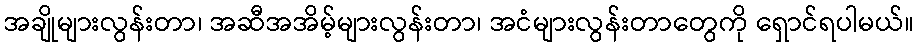
အချိုများလွန်းတာ၊ အဆီအအိမ့်များလွန်းတာ၊ အငံများလွန်းတာတွေကို ရှောင်ရပါမယ်။